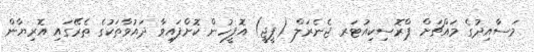
މަސާއިދުގެ މައްޗަށް ޕްރޮސިކިއުޓަރ ޖެނެރަލް (ޕީޖީ) އޮފީހުން ކޮށްފައިވާ ދައުވާތަކުގެ ތެރޭގައި އޮރިޔާން